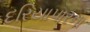
દરિયાપારના